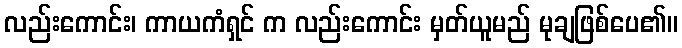
လည်းကောင်း၊ ကာယကံရှင် က လည်းကောင်း မှတ်ယူမည် မုချဖြစ်ပေ၏။